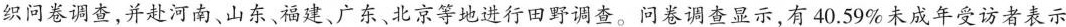
织问卷调查，并赴河南、山东、福建、广东、北京等地进行田野调查。问卷调查显示，有40.59%未成年受访者表示